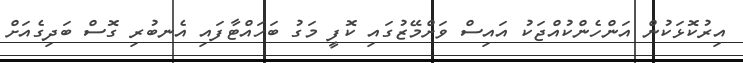
އިރުކޮޅަކުން އަންހެންކުއްޖަކު އައިސް ވަށްމޭޒުގައި ކޮފީ މަގު ބަހައްޓާފައި އެނބުރި ގޮސް ބަދިގެއަށް